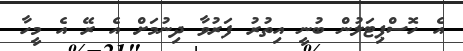
އެ ހޮސްޕިޓަލުން ބުނީ އިތުރު ފަރުވާ ދިނުމަށް އެ ރޭ އެ މީހާ